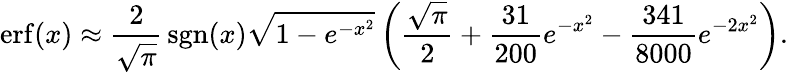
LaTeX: \operatorname{erf}(x)\approx{\frac{2}{\sqrt{\pi}}}\operatorname{sgn}(x){\sqrt{1-e^{-x^{2}}}}\left({\frac{\sqrt{\pi}}{2}}+{\frac{31}{200}}e^{-x^{2}}-{\frac{341}{8000}}e^{-2x^{2}}\right).